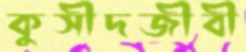
কুসীদজীবী